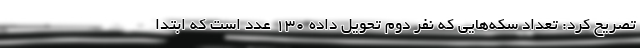
تصریح کرد: تعداد سکه‌هایی که نفر دوم تحویل داده ۱۳۰ عدد است که ابتدا